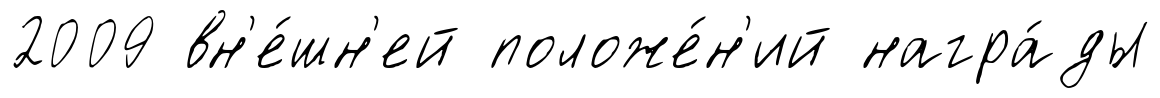
2009 вн'е́шн'ей положе́н'ий награ́ды